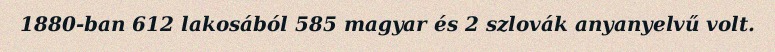
1880-ban 612 lakosából 585 magyar és 2 szlovák anyanyelvű volt.